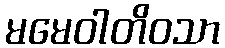
မမေဝါတိဝသာ